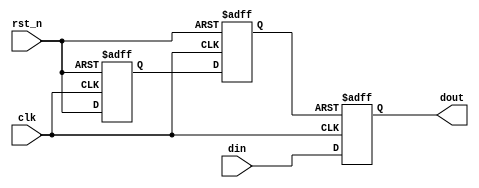
//Asynchronous Reset Synchronous Release

module a_s_reset(clk,rst_n,din,dout);
	input clk;
	input rst_n;
	input [7:0] din;
	output reg [7:0] dout;


	reg reg1,reg2;
	wire reset;

	always @(posedge clk or negedge rst_n)
		begin
			if(!rst_n)
				begin
					reg1<=1'b0;
					reg2<=1'b0;
				end
			else
				begin
					reg1<=rst_n;
					reg2<=reg1;
				end
		end


	assign reset=reg2;

	always @(posedge clk or negedge reset)
		begin		
			if(!reset)
				dout<=8'd0;
			else
				dout<=din;
		end
endmodule